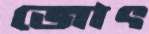
জোৎ